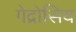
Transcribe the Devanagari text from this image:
गेद्रोसिय